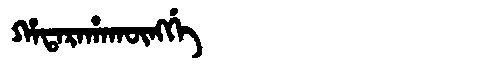
Manchu: ᡥᠠᡨᠠᡵᠠᡥᠠᡴᡡᠩᡤᡝ
Romanization: HATARAHAKŪNGGE